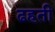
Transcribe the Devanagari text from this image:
ढहती